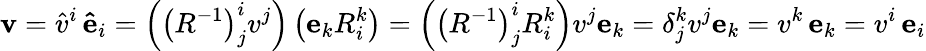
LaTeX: \mathbf{v}={\hat{v}}^{i}\, \mathbf{\hat{e}}_{i}=\left(\left(R^{-1}\right)_{j}^{i}{v}^{j}\right)\left(\mathbf{e}_{k}R_{i}^{k}\right)=\left(\left(R^{-1}\right)_{j}^{i}R_{i}^{k}\right){v}^{j}\mathbf{e}_{k}=\delta_{j}^{k}{v}^{j}\mathbf{e}_{k}={v}^{k}\, \mathbf{e}_{k}={v}^{i}\, \mathbf{e}_{i}